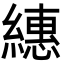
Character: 繐